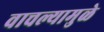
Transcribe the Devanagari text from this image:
वाचल्यामुळे